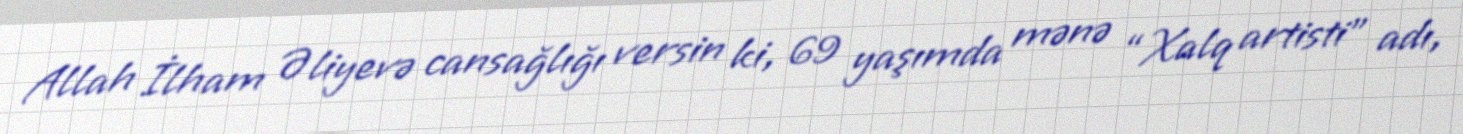
Allah İlham Əliyevə cansağlığı versin ki, 69 yaşımda mənə “Xalq artisti” adı,